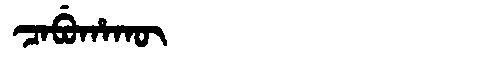
Manchu: ᠴᠠᠪᡠᡥᠠᡴᡡ
Romanization: CABUHAKŪ